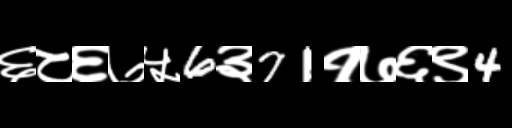
Text: ६८६७५6३71१७६९4